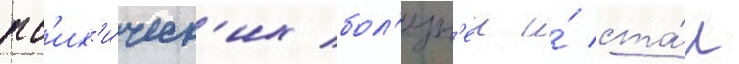
пс'их'и́ческ'их бол'езн'еи и́ ста́л